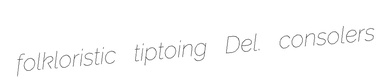
folkloristic tiptoing Del. consolers